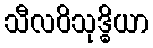
သီလဝိသုဒ္ဓိယာ